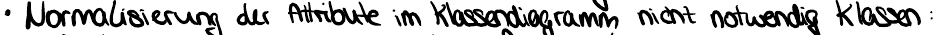
Normalisierung der Attribute im Klassendiagramm nicht notwendig Klassen: